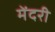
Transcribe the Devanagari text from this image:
मेंदरी